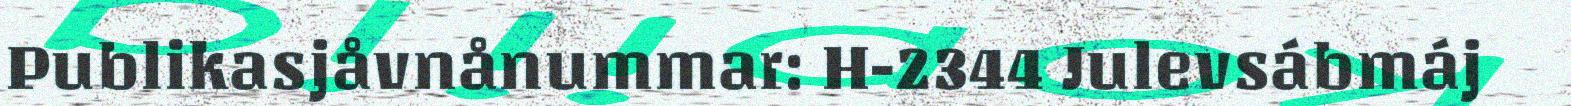
Publikasjåvnånummar: H-2344 Julevsábmáj